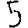
Digit: 5